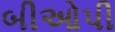
બીઓપી